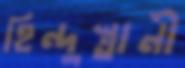
হিন্দুস্তানী